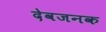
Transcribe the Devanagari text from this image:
देवजनक